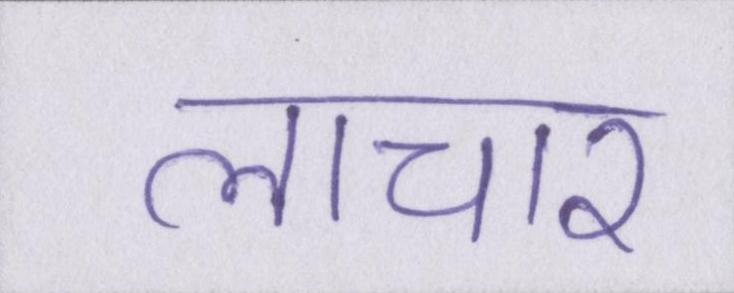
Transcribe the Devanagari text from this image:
लाचार